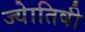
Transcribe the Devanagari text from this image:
ज्‍येातिषी